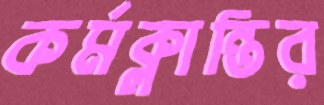
কর্মক্লান্তির